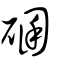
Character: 碅